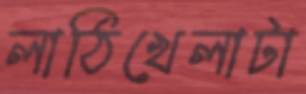
লাঠিখেলাটা